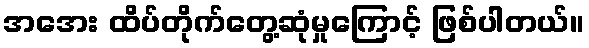
အအေး ထိပ်တိုက်တွေ့ဆုံမှုကြောင့် ဖြစ်ပါတယ်။